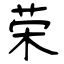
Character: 荣